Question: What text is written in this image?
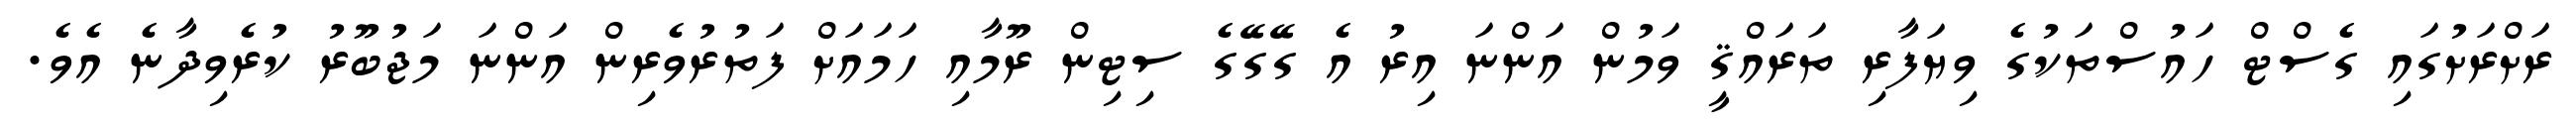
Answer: ރަށްރަށުގައި ގެސްޓް ހައުސްތަކުގެ ވިޔަފާރި ތަރައްޤީ ވަމުން އަންނަ އިރު އެ ގޭގޭގެ ސިޓިން ރޫމާއި ހަމައަށް ފަތުރުވެރިން އަންނަ މަޖުބޫރު ކުރެވިދާނެ އެވެ.